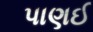
પાણઈ